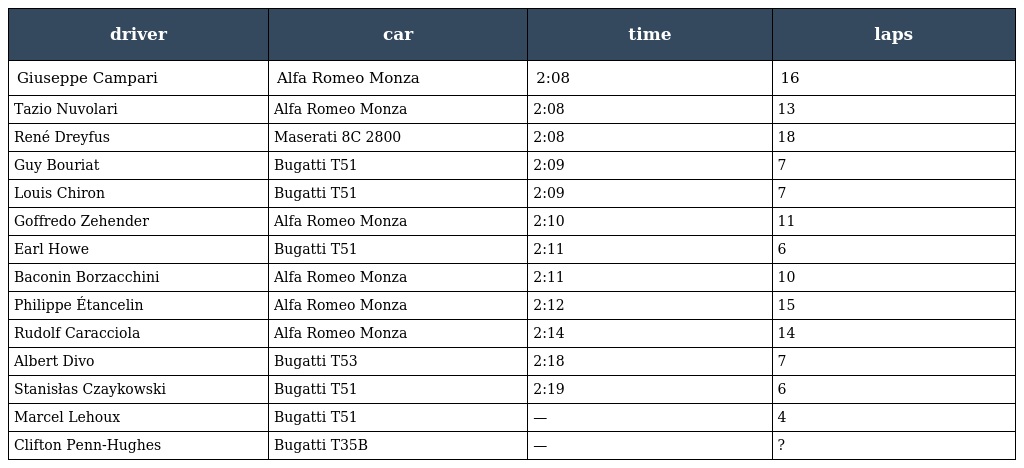
| driver | car | time | laps |
 | --- | --- | --- | --- |
 | Giuseppe Campari | Alfa Romeo Monza | 2:08 | 16 |
 | Tazio Nuvolari | Alfa Romeo Monza | 2:08 | 13 |
 | René Dreyfus | Maserati 8C 2800 | 2:08 | 18 |
 | Guy Bouriat | Bugatti T51 | 2:09 | 7 |
 | Louis Chiron | Bugatti T51 | 2:09 | 7 |
 | Goffredo Zehender | Alfa Romeo Monza | 2:10 | 11 |
 | Earl Howe | Bugatti T51 | 2:11 | 6 |
 | Baconin Borzacchini | Alfa Romeo Monza | 2:11 | 10 |
 | Philippe Étancelin | Alfa Romeo Monza | 2:12 | 15 |
 | Rudolf Caracciola | Alfa Romeo Monza | 2:14 | 14 |
 | Albert Divo | Bugatti T53 | 2:18 | 7 |
 | Stanisłas Czaykowski | Bugatti T51 | 2:19 | 6 |
 | Marcel Lehoux | Bugatti T51 | — | 4 |
 | Clifton Penn-Hughes | Bugatti T35B | — | ? |